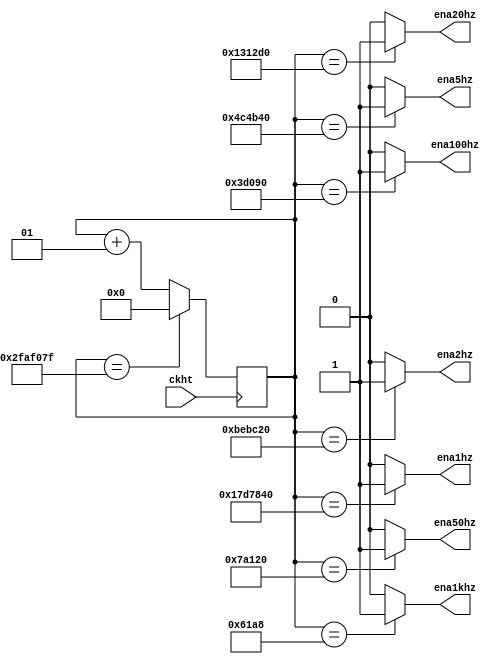
`timescale 1ns / 1ps
//////////////////////////////////////////////////////////////////////////////////
// Company: 
// Engineer: 
// 
// Design Name: 
// Module Name: Chia_10
// Project Name: 
// Target Devices: 
// Tool Versions: 
// Description: 
// 
// Dependencies: 
// 
// Revision:
// Revision 0.01 - File Created
// Additional Comments:
// 
//////////////////////////////////////////////////////////////////////////////////


module Chia_10(
    input ckht,
    output  ena2hz, ena5hz, ena1hz, ena20hz,
    output  ena50hz, ena100hz, ena1khz
    );
    
integer d2hz_r, d2hz_n;  
integer d5hz_r, d5hz_n;  
integer d1hz_r, d1hz_n;  
integer d20hz_r, d20hz_n;  
integer d50hz_r, d50hz_n;  
integer d100hz_r, d100hz_n;  
integer d1khz_r, d1khz_n;  

parameter N = 50000000;
initial
    begin
    d2hz_n = 0; d2hz_r = 0;
    d5hz_n = 0; d5hz_r = 0;
    d1hz_n = 0; d1hz_r = 0;
    d20hz_n = 0; d20hz_r = 0;
    d50hz_n = 0; d50hz_r = 0;
    d100hz_n = 0; d100hz_r = 0;
    d1khz_n = 0; d1khz_r = 0;
    end
    
//state register
always @(negedge ckht)
    begin
        d2hz_r = d2hz_n;
        d5hz_r = d5hz_n;
        d1hz_r = d1hz_n;
        d20hz_r = d20hz_n;
        d50hz_r = d50hz_n;
        d100hz_r = d100hz_n;
        d1khz_r = d1khz_n;    
    end
 
always @* 
    begin
        d1hz_n = d1hz_r;
        if(d1hz_r == N-1)   d1hz_n = 0;
        else
            d1hz_n = d1hz_r +1;
//2hz
        d2hz_n = d2hz_r;
        if(d2hz_r == N/2 -1)    d2hz_n = 0;
        else
            d2hz_n = d2hz_r +1;
//5hz
        d5hz_n = d5hz_r;
        if(d5hz_r == N/5 -1)    d5hz_n = 0;
        else
            d5hz_n = d5hz_r +1;
//20hz
        d20hz_n = d20hz_r;
        if(d20hz_r == N/20 -1)    d20hz_n = 0;
        else
             d20hz_n = d20hz_r +1;
//50hz
        d50hz_n = d50hz_r;
        if(d50hz_r == N/50 -1)    d50hz_n = 0;
        else
            d50hz_n = d50hz_r +1;
//100hz
         d100hz_n = d100hz_r;
         if(d100hz_r == N/100 -1)    d100hz_n = 0;
         else
             d100hz_n = d100hz_r +1;              
 //1khz
         d1khz_n = d1khz_r;
         if(d1khz_r == N/1000 -1)    d1khz_n = 0;
         else
             d1khz_n = d1khz_r +1;   
    end
    
//output logic
assign ena1hz = (d1hz_r == N/2) ? 1'b1: 1'b0;
assign ena2hz = (d1hz_r == N/(2*2)) ? 1'b1: 1'b0;
assign ena5hz = (d1hz_r == N/(2*5)) ? 1'b1: 1'b0;
assign ena20hz = (d1hz_r == N/(2*20)) ? 1'b1: 1'b0;
assign ena50hz = (d1hz_r == N/(2*50)) ? 1'b1: 1'b0;
assign ena100hz = (d1hz_r == N/(2*100)) ? 1'b1: 1'b0;
assign ena1khz = (d1hz_r == N/(2*1000)) ? 1'b1: 1'b0;
endmodule